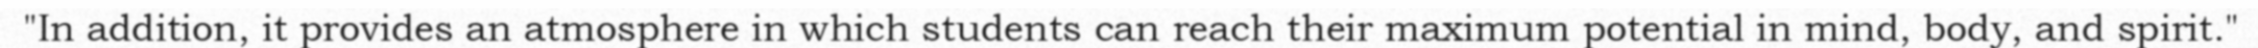
"In addition, it provides an atmosphere in which students can reach their maximum potential in mind, body, and spirit."